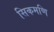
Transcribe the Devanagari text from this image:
सिकमणि